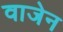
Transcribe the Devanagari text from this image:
वाजेन